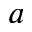
a